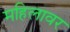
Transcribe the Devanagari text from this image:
महिलावर